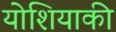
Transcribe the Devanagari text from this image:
योशियाकी